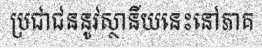
ប្រជាជននូវស្ថានីយនេះនៅភាគ